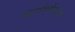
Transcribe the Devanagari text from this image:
ऊर्जास्रोताने